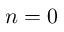
n = 0